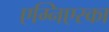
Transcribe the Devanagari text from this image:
एग्निएस्का